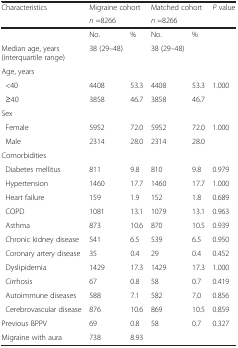
| <ROWSPAN=2> Characteristics | <COLSPAN=2> Migraine cohort | <COLSPAN=2> Matched cohort | P value |
 | <COLSPAN=2> n =8266 | <COLSPAN=2> n =8266 |  |
 | --- | --- | --- | --- | --- | --- |
 |  | No. | % | No. | % |  |
 | Median age, years (interquartile range) | 38 (29–48) |  | 38 (29–48) |  |  |
 | Age, years |  |  |  |  |  |
 | <40 | 4408 | 53.3 | 4408 | 53.3 | 1.000 |
 | ≥40 | 3858 | 46.7 | 3858 | 46.7 |  |
 | Sex |  |  |  |  |  |
 | Female | 5952 | 72.0 | 5952 | 72.0 | 1.000 |
 | Male | 2314 | 28.0 | 2314 | 28.0 |  |
 | Comorbidities |  |  |  |  |  |
 | Diabetes mellitus | 811 | 9.8 | 810 | 9.8 | 0.979 |
 | Hypertension | 1460 | 17.7 | 1460 | 17.7 | 1.000 |
 | Heart failure | 159 | 1.9 | 152 | 1.8 | 0.689 |
 | COPD | 1081 | 13.1 | 1079 | 13.1 | 0.963 |
 | Asthma | 873 | 10.6 | 870 | 10.5 | 0.939 |
 | Chronic kidney disease | 541 | 6.5 | 539 | 6.5 | 0.950 |
 | Coronary artery disease | 35 | 0.4 | 29 | 0.4 | 0.452 |
 | Dyslipidemia | 1429 | 17.3 | 1429 | 17.3 | 1.000 |
 | Cirrhosis | 67 | 0.8 | 58 | 0.7 | 0.419 |
 | Autoimmune diseases | 588 | 7.1 | 582 | 7.0 | 0.856 |
 | Cerebrovascular disease | 876 | 10.6 | 869 | 10.5 | 0.859 |
 | Previous BPPV | 69 | 0.8 | 58 | 0.7 | 0.327 |
 | Migraine with aura | 738 | 8.93 |  |  |  |